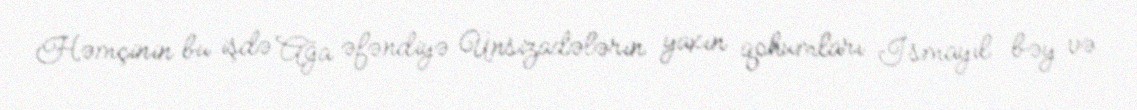
Həmçinin bu işdə Ağa əfəndiyə Ünsizadələrin yaxın qohumları İsmayıl bəy və